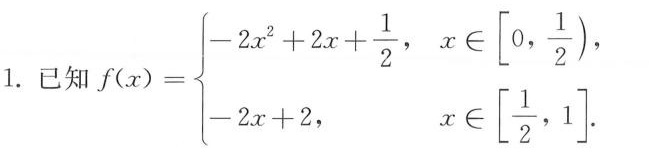
1.已知 $$f(x)= \left\{ \begin{matrix} -2x^{2}+2x+ \frac{1}{2},x \in[0, \frac{1}{2}), \\ -2x+2, \quad x \in[\frac{1}{2},1]. \\ \end{matrix} \right.$$